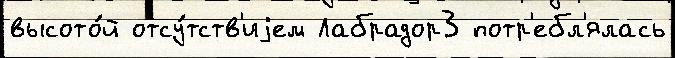
высото́й отсу́тств'иjем Лабрадор3 потр'ебл'ялась